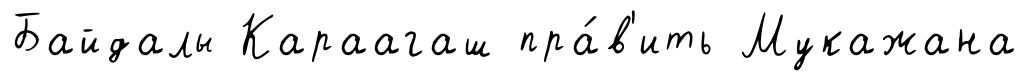
Байдалы Караагаш пра́в'ить Мукажана